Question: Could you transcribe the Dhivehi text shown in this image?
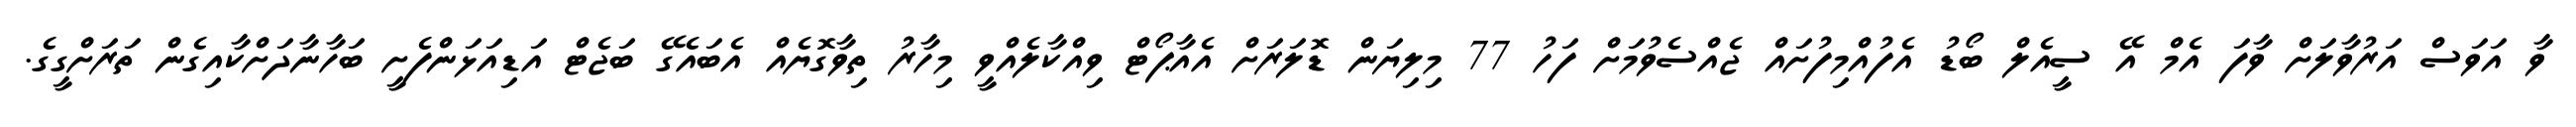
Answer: ވާ އަވަސް އަރުވާލަށް ވާފަ އެމް އޭ ސީއެލް ބޯޑު އެފުއްމިފުށައް ޖެއްސެވުމަށް ފަހު 77 މިލިޔަން ޑޮލަރަށް އެއާޕޯޓް ވިއްކާލެއްވީ މިހާރު ތިވާގޮޔެއް އެބައެގޭ ބަޖެޓް އަޑިއަޅަންފެށީ ބަހާނާދަށްކާއިގެން ތަރަށްގީގެ.